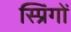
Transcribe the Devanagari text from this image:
स्प्रिंगों